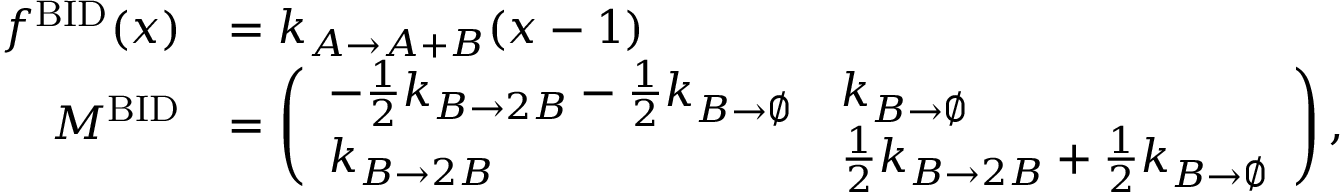
\begin{array} { r l } { f ^ { \mathrm { B I D } } ( x ) } & { = k _ { A \to A + B } ( x - 1 ) } \\ { M ^ { \mathrm { B I D } } } & { = \left( \begin{array} { l l } { - \frac { 1 } { 2 } k _ { B \to 2 B } - \frac { 1 } { 2 } k _ { B \to \emptyset } } & { k _ { B \to \emptyset } } \\ { k _ { B \to 2 B } } & { \frac { 1 } { 2 } k _ { B \to 2 B } + \frac { 1 } { 2 } k _ { B \to \emptyset } } \end{array} \right) , } \end{array}